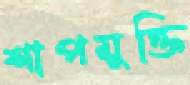
শাপমুক্তি